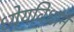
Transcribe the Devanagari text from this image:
ध्येयविधान